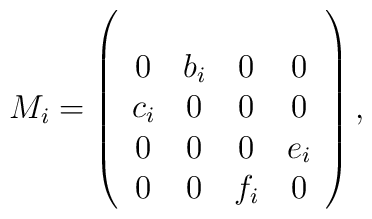
M_i=\left(\begin{array}{cccc}\\0&b_i&0&0\\c_i&0&0&0\\0&0&0&e_i\\0&0&f_i&0\\\end{array}\right),